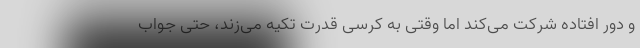
و دور افتاده شرکت می‌کند اما وقتی به کرسی قدرت تکیه می‌زند، حتی جواب